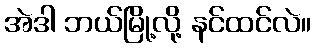
အဲဒါ ဘယ်မြို့လို့ နင်ထင်လဲ။